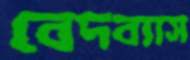
বেদব্যাস